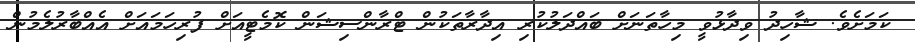
ކަމަށެވެ. ޝާހިދު ވިދާޅުވީ މިހާތަނަށް ބައްދަލުކުރި އިދާރާތަކުން ޓްރާންސިޝަން ކޮމެޓީއަށް ފުރިހަމައަށް އެއްބާރުލެމުން